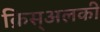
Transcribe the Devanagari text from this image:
क्रिस्अलकी